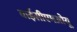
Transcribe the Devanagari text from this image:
वाईसीएमओयू